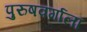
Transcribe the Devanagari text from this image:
पुरुषवर्गाला